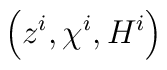
\left(z^i,\chi^i,H^i\right)